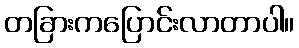
တခြားကပြောင်းလာတာပါ။